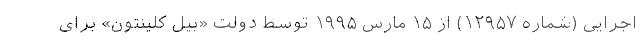
اجرایی (شماره ۱۲۹۵۷) از ۱۵ مارس ۱۹۹۵ توسط دولت «بیل کلینتون» برای